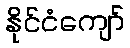
နိုင်ငံကျော်